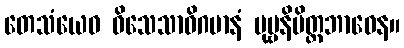
တေသံယေဝ ဝိသေသာဓိဂမာနံ ပုဗ္ဗနိမိတ္တဘာဝေန။